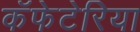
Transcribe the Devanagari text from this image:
कॅफेटेरिया